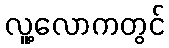
လူ့လောကတွင်